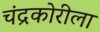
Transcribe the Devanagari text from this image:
चंद्रकोरीला